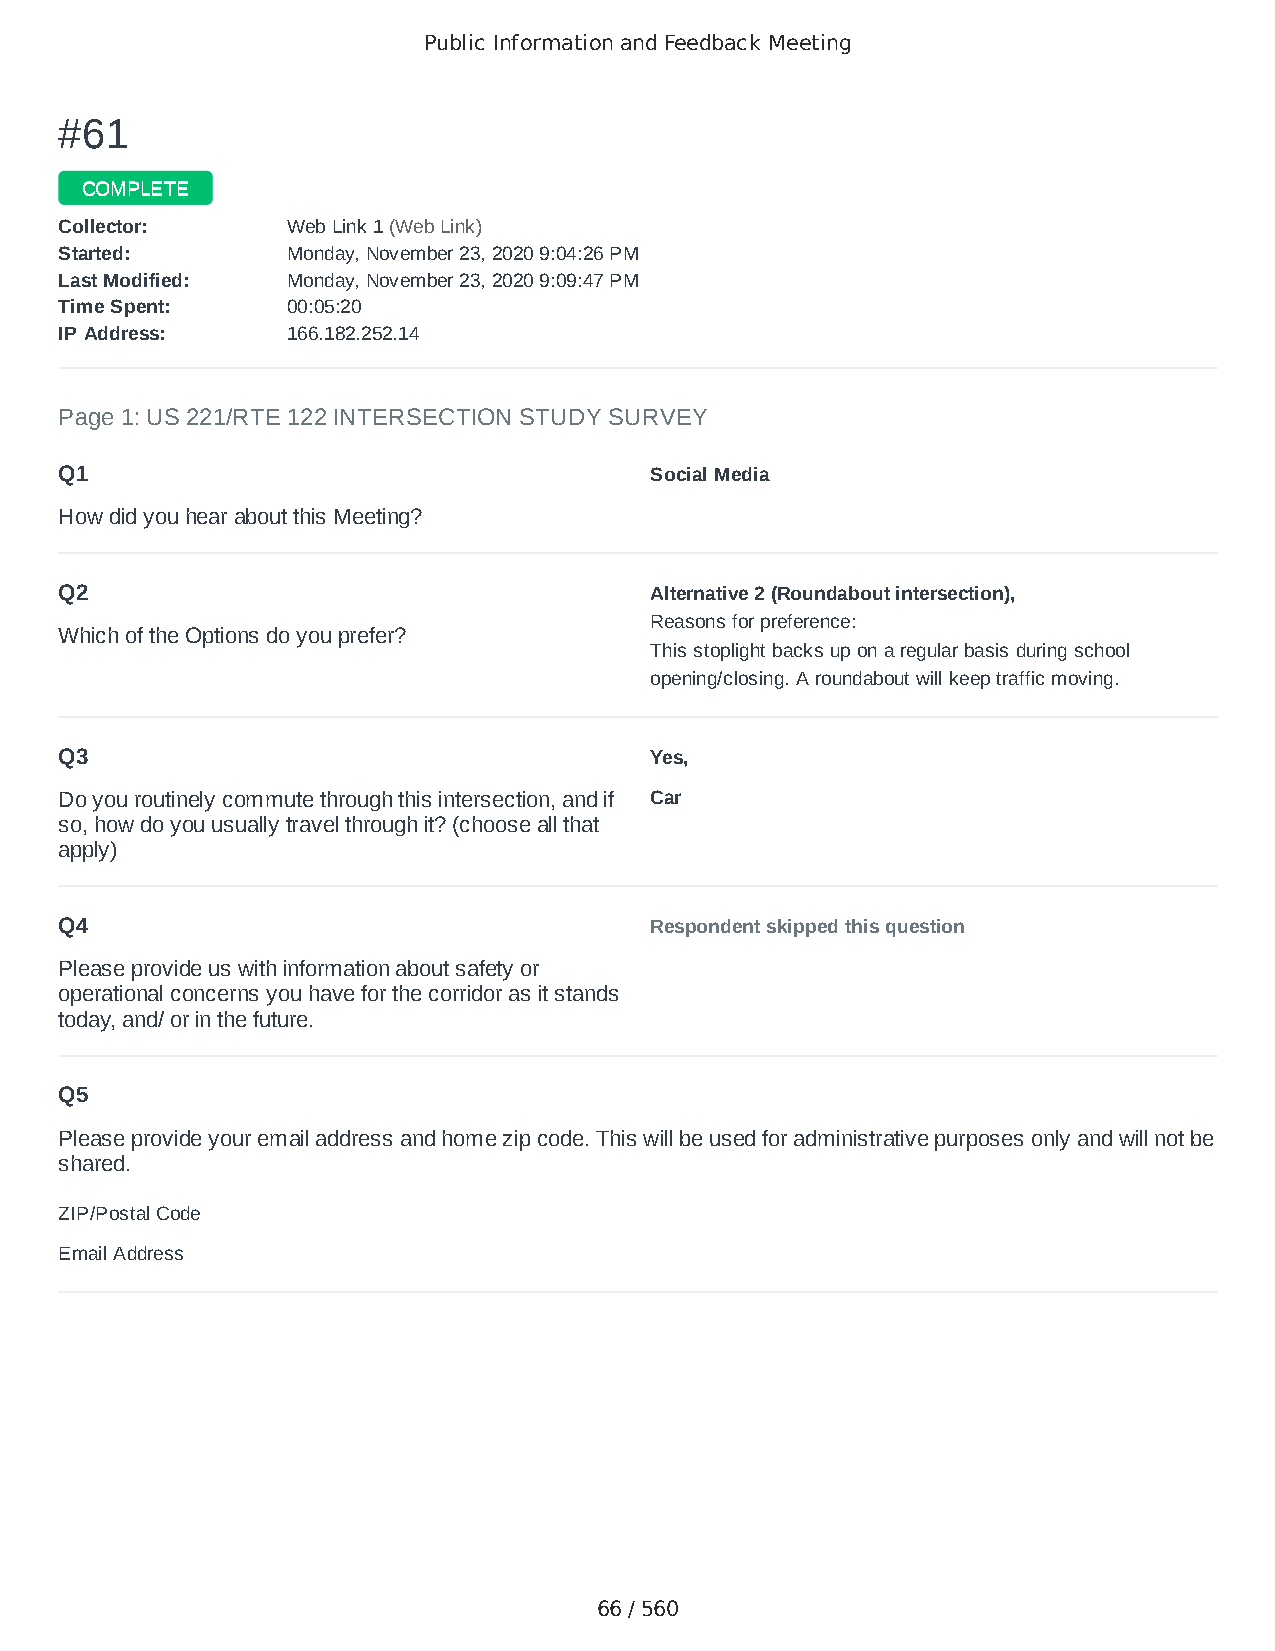
Public Information and Feedback Meeting
 ##6611
 CCOOMMPPLLEETTEE
 CCoolllleeccttoorr:: WWeebb LLiinnkk 11 ((WWeebb LLiinnkk))
 SSttaarrtteedd:: MMoonnddaayy,, NNoovveemmbbeerr 2233,, 22002200 99::0044::2266 PPMM
 LLaasstt MMooddiiffiieedd:: MMoonnddaayy,, NNoovveemmbbeerr 2233,, 22002200 99::0099::4477 PPMM
 TTiimmee SSppeenntt:: 0000::0055::2200
 IIPP AAddddrreessss:: 116666..118822..225522..1144
 Page 1: US 221/RTE 122 INTERSECTION STUDY SURVEY
 Q1                                     Social Media
 How did you hear about this Meeting?
 Q2                                     Alternative 2 (Roundabout intersection),
 Reasons for preference:
 Which of the Options do you prefer?
 This stoplight backs up on a regular basis during school
 opening/closing. A roundabout will keep traffic moving.
 Q3                                     Yes,
 Do you routinely commute through this intersection, and if Car
 so, how do you usually travel through it? (choose all that
 apply)
 Q4                                     Respondent skipped this question
 Please provide us with information about safety or
 operational concerns you have for the corridor as it stands
 today, and/ or in the future.
 Q5
 Please provide your email address and home zip code. This will be used for administrative purposes only and will not be
 shared.
 ZIP/Postal Code                        24523
 Email Address                          scash@vt.edu
 66 / 560